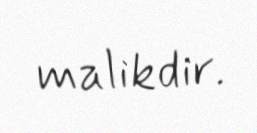
malikdir.